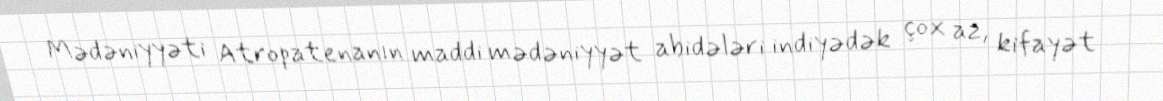
Mədəniyyəti Atropatenanın maddi mədəniyyət abidələri indiyədək çox az, kifayət